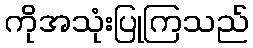
ကိုအသုံးပြုကြသည်